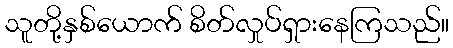
သူတို့နှစ်ယောက် စိတ်လှုပ်ရှားနေကြသည်။